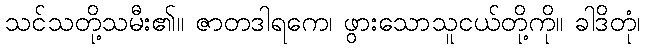
သင်သတို့သမီး၏။ ဇာတဒါရကေ၊ ဖွားသောသူငယ်တို့ကို။ ခါဒိတုံ၊